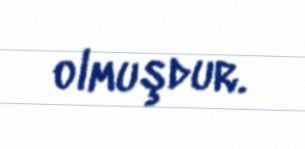
olmuşdur.